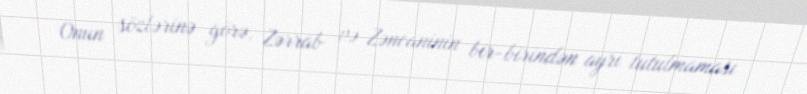
Onun sözlərinə görə, Zərrab və Zəncaninin bir-birindən ayrı tutulmaması